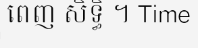
ពេញ សិទ្ធិ ។ Time